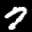
Digit: 7